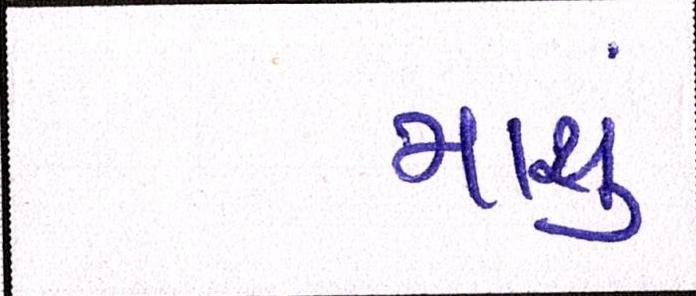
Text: માથું